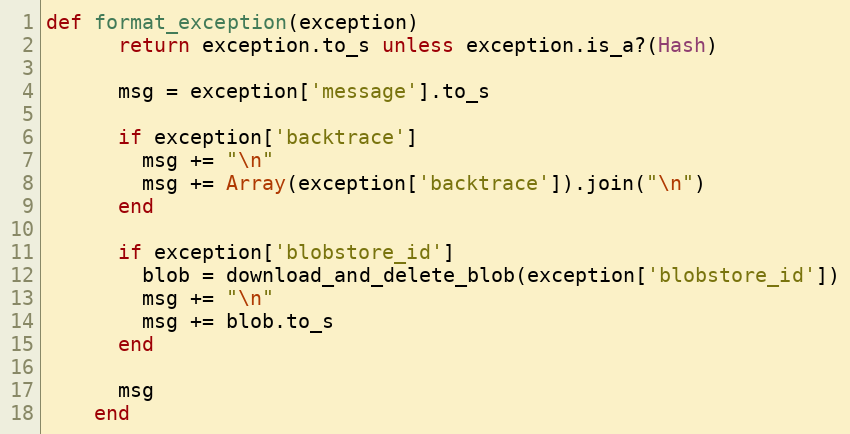
Language: Ruby
def format_exception(exception)
      return exception.to_s unless exception.is_a?(Hash)

      msg = exception['message'].to_s

      if exception['backtrace']
        msg += "\n"
        msg += Array(exception['backtrace']).join("\n")
      end

      if exception['blobstore_id']
        blob = download_and_delete_blob(exception['blobstore_id'])
        msg += "\n"
        msg += blob.to_s
      end

      msg
    end